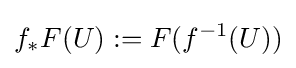
f_{*}F(U):=F(f^{-1}(U))